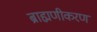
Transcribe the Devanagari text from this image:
ब्राह्मणीकरण